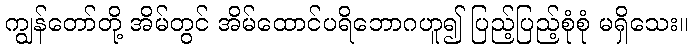
ကျွန်တော်တို့ အိမ်တွင် အိမ်ထောင်ပရိဘောဂဟူ၍ ပြည့်ပြည့်စုံစုံ မရှိသေး။